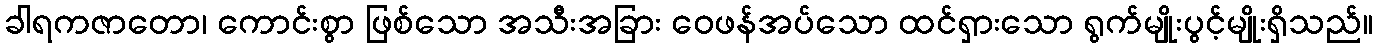
ခါရကဇာတော၊ ကောင်းစွာ ဖြစ်သော အသီးအခြား ဝေဖန်အပ်သော ထင်ရှားသော ရွက်မျိုးပွင့်မျိုးရှိသည်။